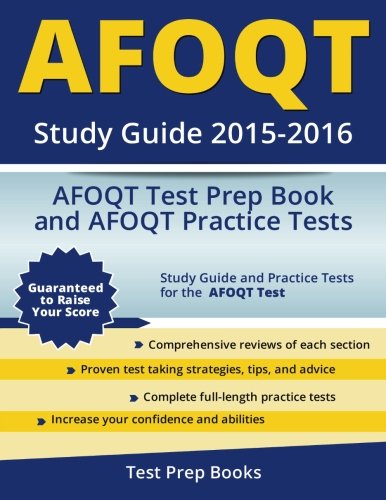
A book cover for AFOQT Study Guide 2015-2016: AFOQT Test Prep Book and AFOQT Practice Tests; AFOQT Test Prep Team; Test Preparation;